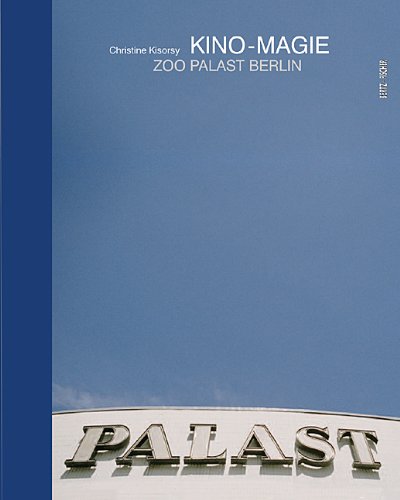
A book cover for Kino-Magie/Cinema Magic: Zoo Palast Berlin; Arts & Photography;